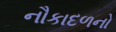
નૌકાદળનો